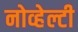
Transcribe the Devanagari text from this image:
नोव्हेल्टी